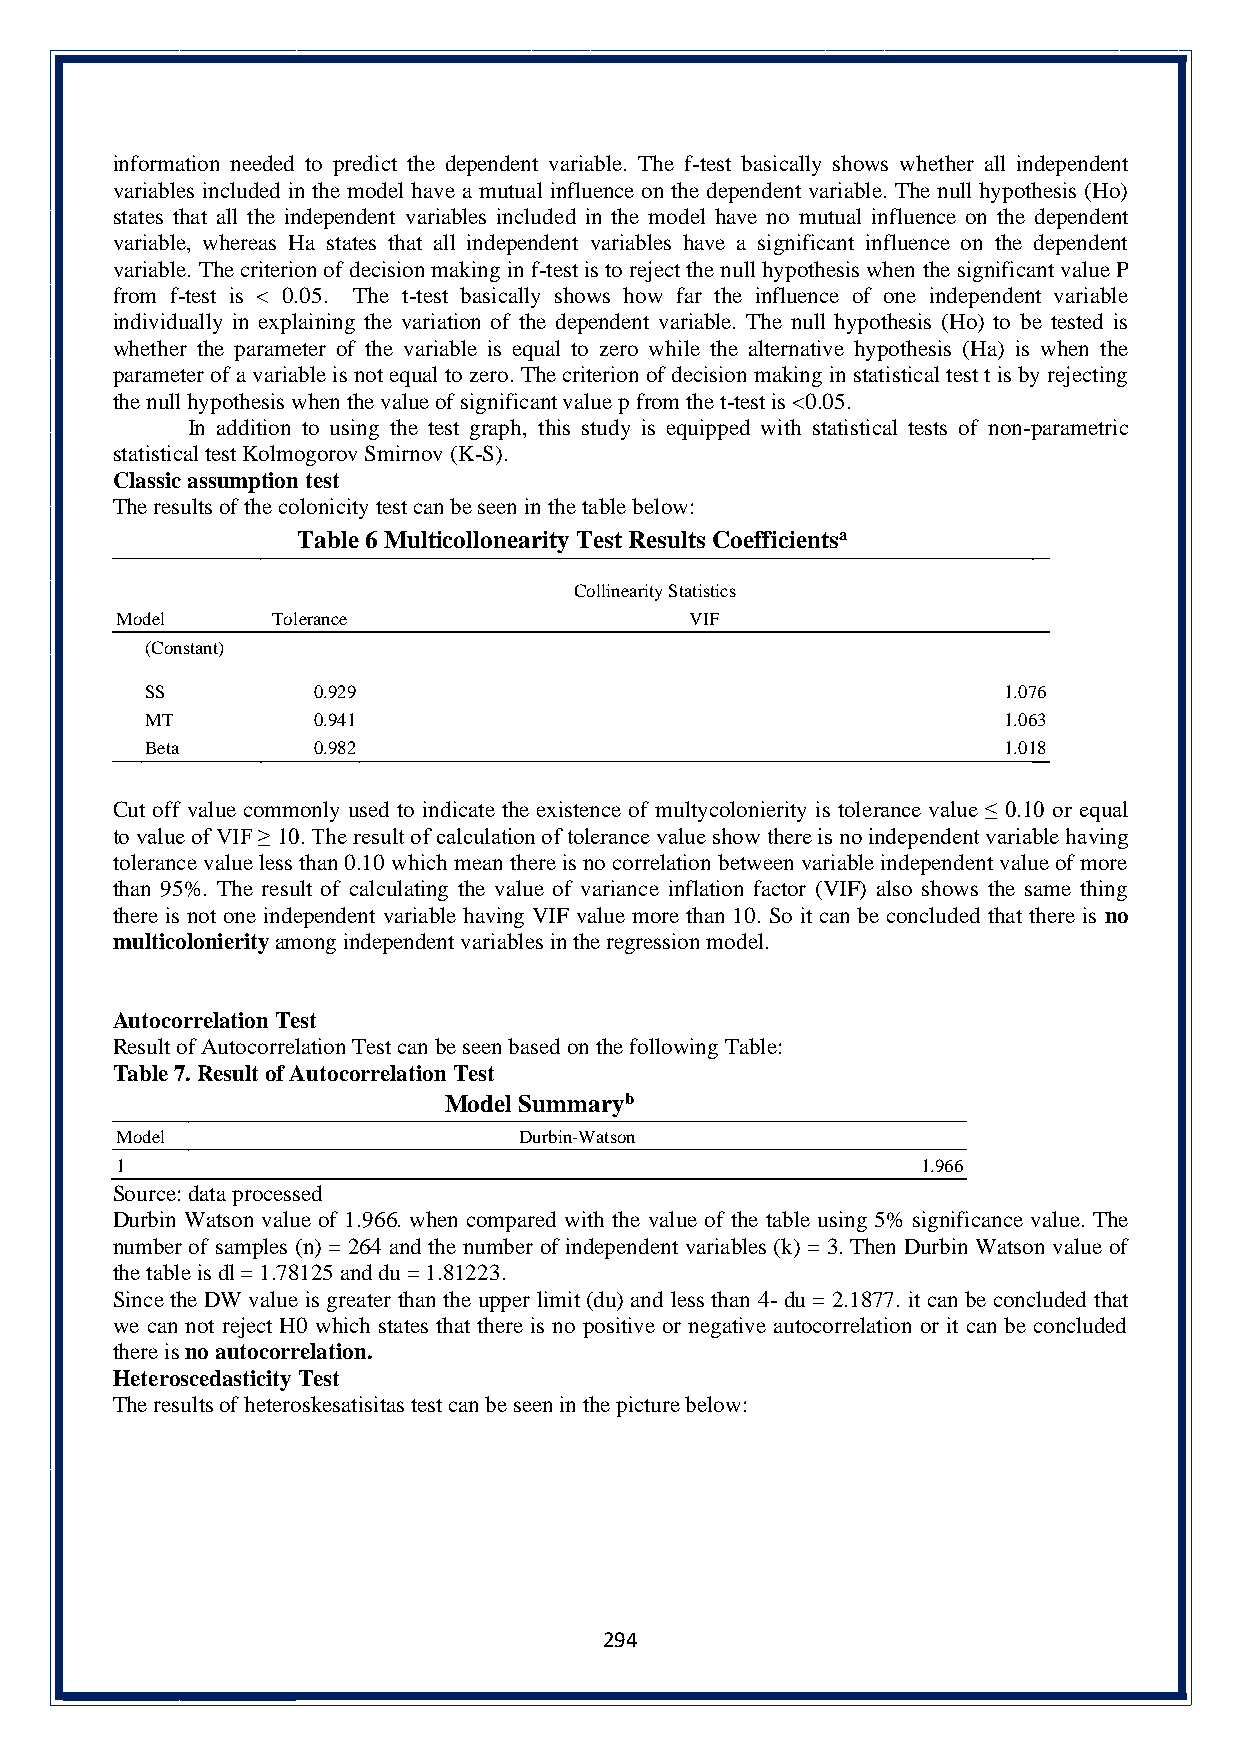
information needed to predict the dependent variable. The f-test basically shows whether all independent
 variables included in the model have a mutual influence on the dependent variable. The null hypothesis (Ho)
 states that all the independent variables included in the model have no mutual influence on the dependent
 variable, whereas Ha states that all independent variables have a significant influence on the dependent
 variable. The criterion of decision making in f-test is to reject the null hypothesis when the significant value P
 from f-test is < 0.05. The t-test basically shows how far the influence of one independent variable
 individually in explaining the variation of the dependent variable. The null hypothesis (Ho) to be tested is
 whether the parameter of the variable is equal to zero while the alternative hypothesis (Ha) is when the
 parameter of a variable is not equal to zero. The criterion of decision making in statistical test t is by rejecting
 the null hypothesis when the value of significant value p from the t-test is <0.05.
 In addition to using the test graph, this study is equipped with statistical tests of non-parametric
 statistical test Kolmogorov Smirnov (K-S).
 Classic assumption test
 The results of the colonicity test can be seen in the table below:
 Table 6 Multicollonearity Test Results Coefficientsa
 Collinearity Statistics
 Model     Tolerance                   VIF
 (Constant)
 SS         0.929                                        1.076
 MT         0.941                                        1.063
 Beta       0.982                                        1.018
 Cut off value commonly used to indicate the existence of multycolonierity is tolerance value ≤ 0.10 or equal
 to value of VIF ≥ 10. The result of calculation of tolerance value show there is no independent variable having
 tolerance value less than 0.10 which mean there is no correlation between variable independent value of more
 than 95%. The result of calculating the value of variance inflation factor (VIF) also shows the same thing
 there is not one independent variable having VIF value more than 10. So it can be concluded that there is no
 multicolonierity among independent variables in the regression model.
 Autocorrelation Test
 Result of Autocorrelation Test can be seen based on the following Table:
 Table 7. Result of Autocorrelation Test
 Model Summaryb
 Model                     Durbin-Watson
 1                                                    1.966
 Source: data processed
 Durbin Watson value of 1.966. when compared with the value of the table using 5% significance value. The
 number of samples (n) = 264 and the number of independent variables (k) = 3. Then Durbin Watson value of
 the table is dl = 1.78125 and du = 1.81223.
 Since the DW value is greater than the upper limit (du) and less than 4- du = 2.1877. it can be concluded that
 we can not reject H0 which states that there is no positive or negative autocorrelation or it can be concluded
 there is no autocorrelation.
 Heteroscedasticity Test
 The results of heteroskesatisitas test can be seen in the picture below:
 294